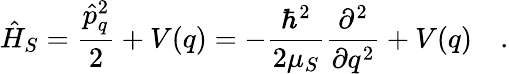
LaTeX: \hat{H}_{S}=\frac{\hat{p}_{q}^{2}}{2}+V(q)=-\frac{\hbar^{2}}{2\mu_{S}}\frac{\partial^{2}}{\partial q^{2}}+V(q)\quad.